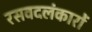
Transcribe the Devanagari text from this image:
रसवदलंकारों